Report of the Municipal Commissioner on the plague in Bombay for the year ending 31st May... - Volume 2
Disease focus: Plague
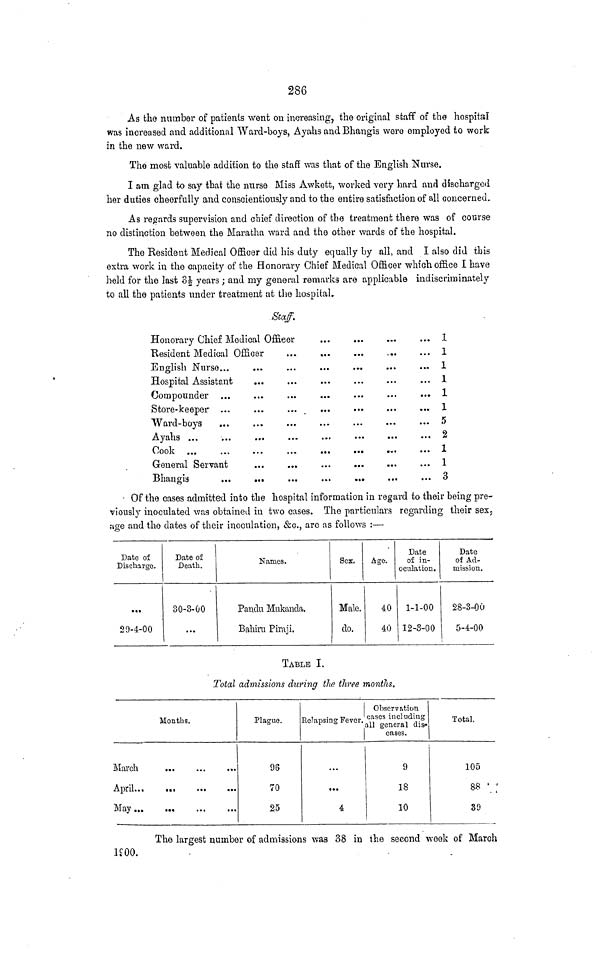
286
As the number of patients went on increasing, the original staff of the hospital
was increased and additional Ward-boys, Ayahs and Bhangis were employed to work
in the new ward.
The most valuable addition to the staff was that of the English Nurse.
I am glad to say that the nurse Miss Awkett, worked very hard and discharged
her duties cheerfully and conscientiously and to the entire satisfaction of all concerned..
As regards supervision and chief direction of the treatment there was of course
no distinction between the Maratha ward and the other wards of the hospital.
The Resident Medical Officer did his duty equally by all, and I also did this
extra work in the capacity of the Honorary Chief Medical Officer which office I have
held for the last oi years ; and my general remarks are applicable indiscriminately
to all the patients under treatment at the hospital.
Staff.
Honorary Chief Medical Officer
Resident Medical Officer
English Nurse...
Hospital Assistant
Store-keeper ...
Ward-boys
Ayahs ...
Cook
General Servant
Bhanms
...
...
1
1
1
1
I
1
5
2
1
1
3
• Of the cases admitted into the hospital information in regard to their being pre-
viously inoculated was obtained in two cases. The particulars regarding their sex,
:io-e and the dates of their inoculation. £c.. are as follows :—•
Date of
Discharge.
...
29-4-00
Date of
Death.
30-3-00
...
Names.
Pandu Mukaucla.
Bahim Piraji.
Sex.
Male.
do.
Age-.
40
40
Date
of in-
oculation.
1-1-00
12-3-00
Date
of Ad-
mission.
28-3-00
5-4-00
TABLE I.
Total admissions during the three months.
Months.
March
...
»
May..
Plague.
96
70
25
Relapsing Fever.
...
...
4
Observation
cases including
all general dis-
eases.
9
18
10
Total.
105
88 ' ;
39
The largest number of admissions was 38 in the second week of March
If 00.